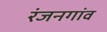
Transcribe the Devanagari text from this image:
रंजनगांव